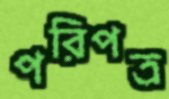
পরিপত্র